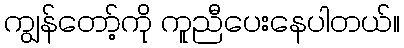
ကျွန်တော့်ကို ကူညီပေးနေပါတယ်။